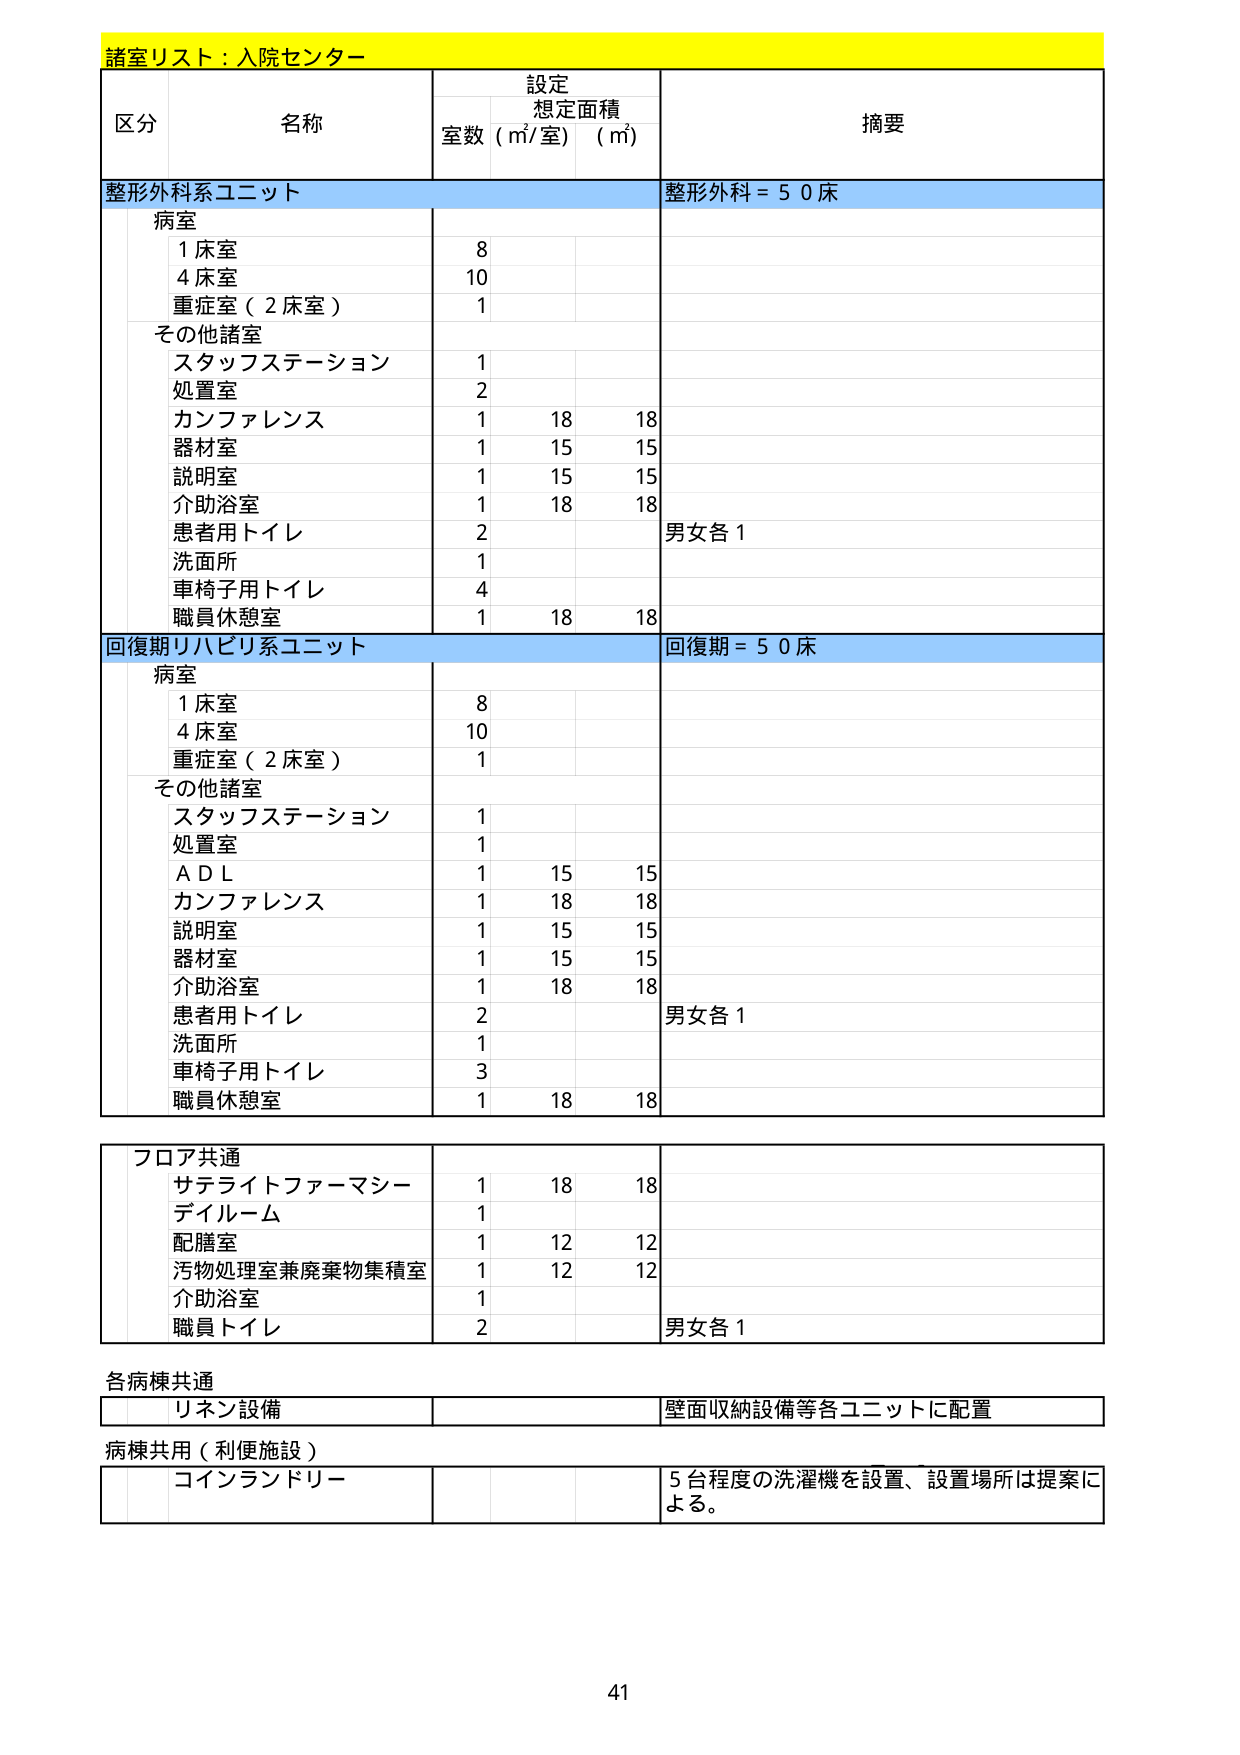
諸室リスト：入院センター

区分 名称 設定 想定面積 摘要
室数 (㎡/室) (㎡)

整形外科系ユニット 整形外科 = 50床
病室
　1床室 8
　4床室 10
　重症室（2床室） 1
その他諸室
　スタッフステーション 1
　処置室 2
　カンファレンス 1 18 18
　器材室 1 15 15
　説明室 1 15 15
　介助浴室 1 18 18
　患者用トイレ 2 男女各1
　洗面所 1
　車椅子用トイレ 4
　職員休憩室 1 18 18

回復期リハビリ系ユニット 回復期 = 50床
病室
　1床室 8
　4床室 10
　重症室（2床室） 1
その他諸室
　スタッフステーション 1
　処置室 1
　ＡＤＬ 1 15 15
　カンファレンス 1 18 18
　説明室 1 15 15
　器材室 1 15 15
　介助浴室 1 18 18
　患者用トイレ 2 男女各1
　洗面所 1
　車椅子用トイレ 3
　職員休憩室 1 18 18

フロア共通
　サテライトファーマシー 1 18 18
　デイルーム 1
　配膳室 1 12 12
　汚物処理室兼廃棄物集積室 1 12 12
　介助浴室 1
　職員トイレ 2 男女各1

各病棟共通
　リネン設備 壁面収納設備等各ユニットに配置

病棟共用（利便施設）
　コインランドリー 5台程度の洗濯機を設置、設置場所は提案による。

41